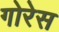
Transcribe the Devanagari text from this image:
गोरेस